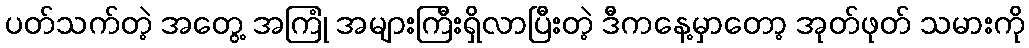
ပတ်သက်တဲ့ အတွေ့ အကြုံ အများကြီးရှိလာပြီးတဲ့ ဒီကနေ့မှာတော့ အုတ်ဖုတ် သမားကို